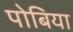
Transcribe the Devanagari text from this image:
पोबिया